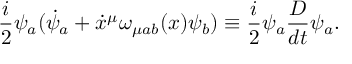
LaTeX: \frac { i } { 2 } \psi _ { a } ( { \dot { \psi } } _ { a } + \dot { x } ^ { \mu } \omega _ { \mu a b } ( x ) \psi _ { b } ) \equiv \frac { i } { 2 } \psi _ { a } \frac { D } { d t } \psi _ { a } .